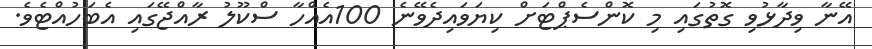
އޭނާ ވިދާޅުވި ގޮތުގައި މި ކޮންސެޕްޓަށް ކިޔަވައިދެވޭނެ 100އެއްހާ ސްކޫލު ރާއްޖޭގައި އެބަހުއްޓެވެ.